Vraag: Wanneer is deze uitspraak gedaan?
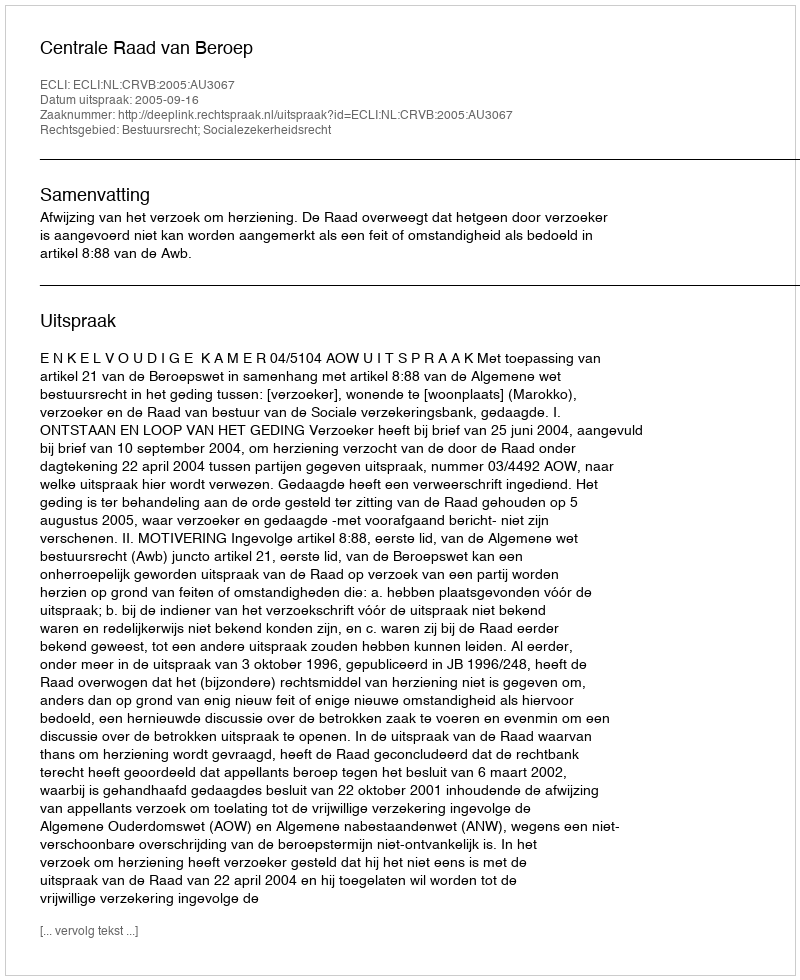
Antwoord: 2005-09-16